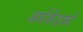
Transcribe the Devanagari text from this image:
अर्धकेंद्रकों